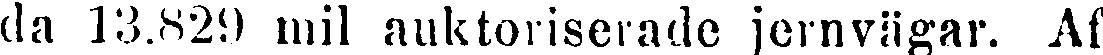
da 13.829 mil auktoriserade jernvägar. Af